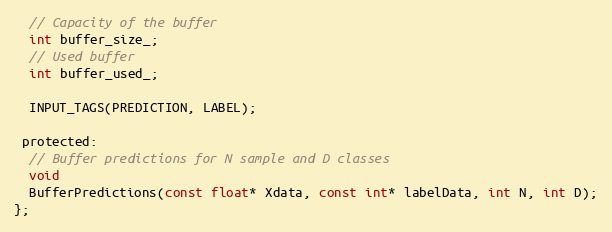
Language: C
  // Capacity of the buffer
  int buffer_size_;
  // Used buffer
  int buffer_used_;

  INPUT_TAGS(PREDICTION, LABEL);

 protected:
  // Buffer predictions for N sample and D classes
  void
  BufferPredictions(const float* Xdata, const int* labelData, int N, int D);
};